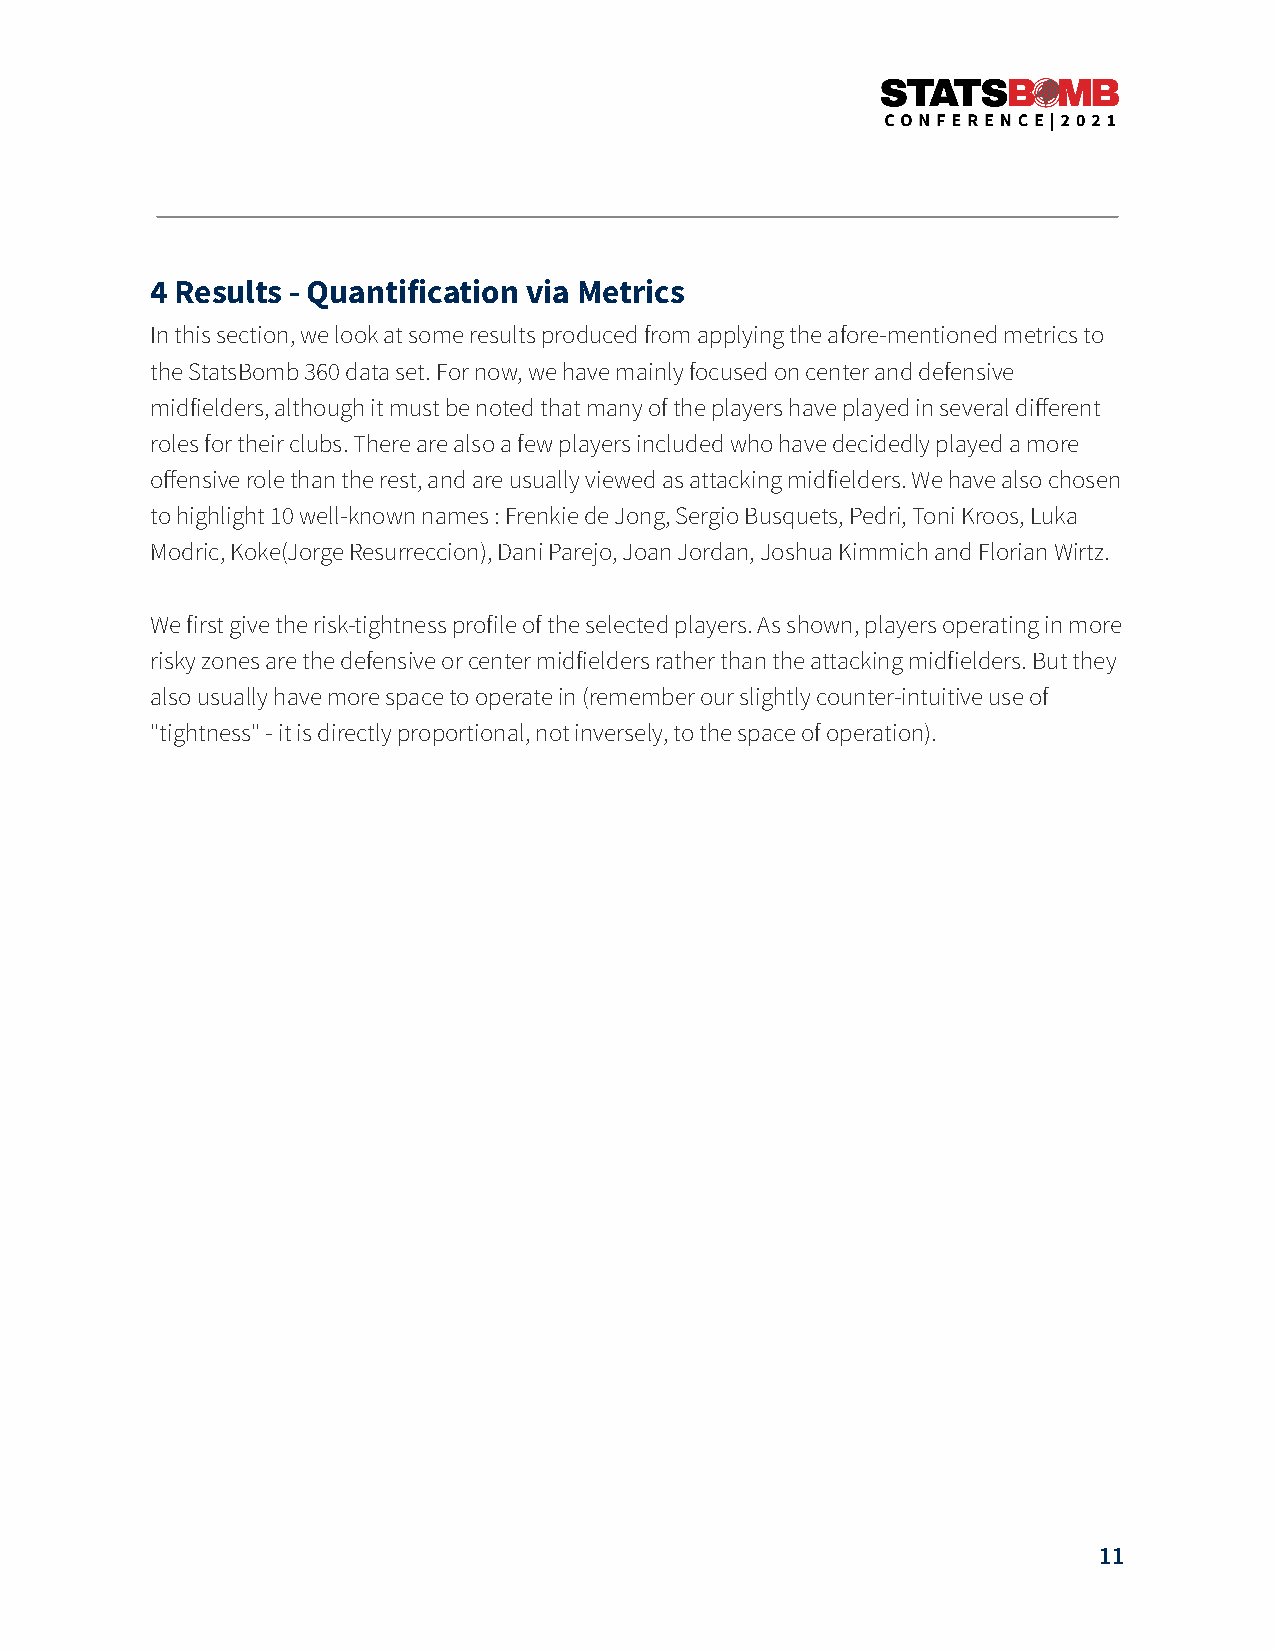
4 Results - Quantification via Metrics
 In this section, we look at some results produced from applying the afore-mentioned metrics to
 the StatsBomb 360 data set. For now, we have mainly focused on center and defensive
 midfielders, although it must be noted that many of the players have played in several different
 roles for their clubs. There are also a few players included who have decidedly played a more
 offensive role than the rest, and are usually viewed as attacking midfielders. We have also chosen
 to highlight 10 well-known names : Frenkie de Jong, Sergio Busquets, Pedri, Toni Kroos, Luka
 Modric, Koke(Jorge Resurreccion), Dani Parejo, Joan Jordan, Joshua Kimmich and Florian Wirtz.
 We first give the risk-tightness profile of the selected players. As shown, players operating in more
 risky zones are the defensive or center midfielders rather than the attacking midfielders. But they
 also usually have more space to operate in (remember our slightly counter-intuitive use of
 "tightness" - it is directly proportional, not inversely, to the space of operation).
 11